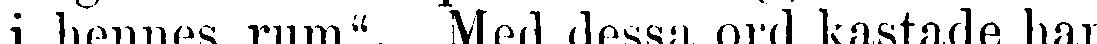
i hennes rum". Med dessa ord kastade han